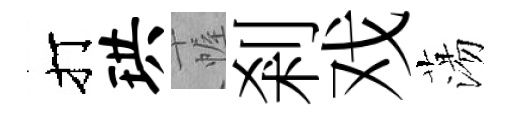
打珙幄剎戏蕩